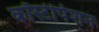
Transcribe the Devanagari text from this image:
कॉस्टीपेशन